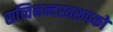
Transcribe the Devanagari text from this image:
सच्चिनन्दस्वरूपको